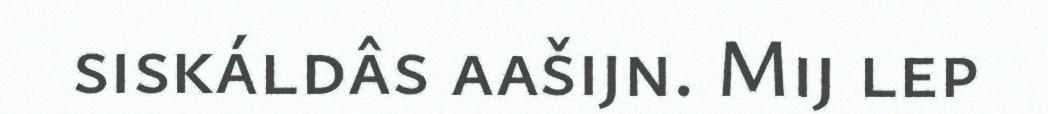
siskáldâs aašijn. Mij lep